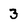
Character: 3